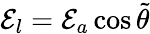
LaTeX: \mathcal{E}_{l}=\mathcal{E}_{a}\cos\tilde{{\theta}}